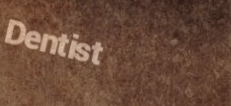
Dentist